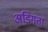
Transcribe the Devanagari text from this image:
अडिगता